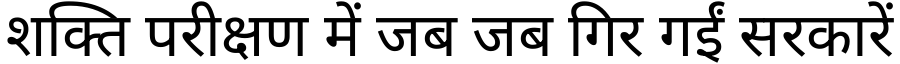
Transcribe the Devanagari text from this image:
शक्ति परीक्षण में जब जब गिर गईं सरकारें